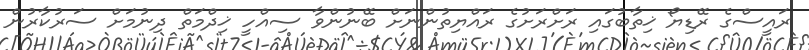
ރައީސްގެ ރޭޑިޔޯ ޚިތާބުގައި ރަށްރަށުގެ ރައްޔިތުންނަށް ބޭނުންވާ ސިއްހީ ޚިދްމަތް ދިނުމަށް ސަރުކާރުން